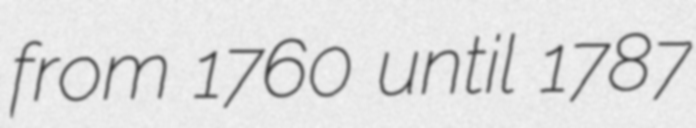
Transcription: from 1760 until 1787